Vaccination in Bombay 1924-1928 - 1924-1928
Year: 1924
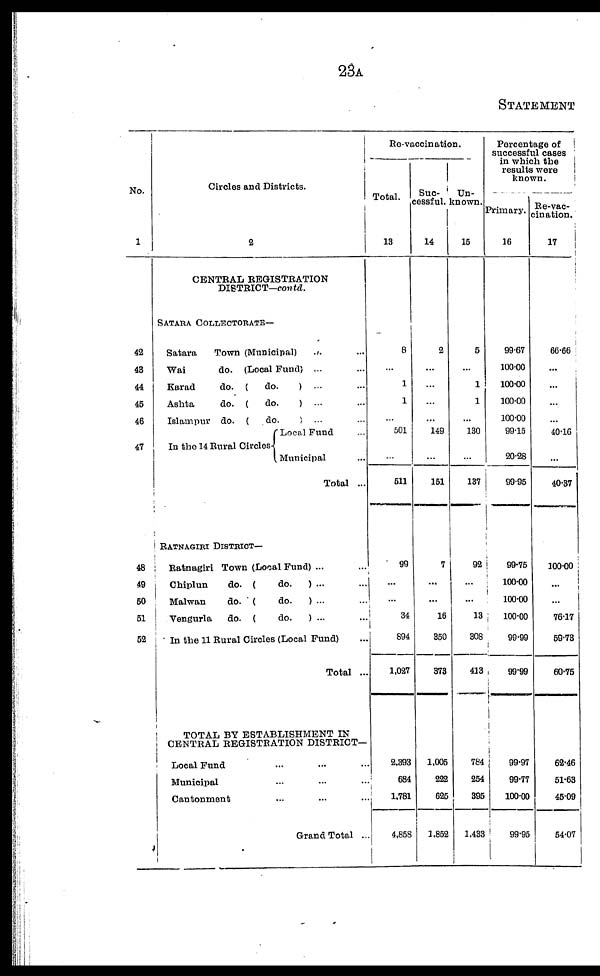
23A
STATEMENT
No.
1
42
43
44
45
46
47
48
49
50
51
52
Circles and Districts.
2
CENTRAL REGISTRATION
DISTRICT—contd.
SATARA COLLECTORATE—
Satara
Town (Municipal) ... ...
Wai
do. (Local Fund) ... ...
Karad
do. (
do.
) ... ...
Ashta
do. (
do.
) ... ...
Islampur do. (
do.
) ... ...
In the 14 Rural Circles
Local Fund ...
Municipal ...
Total ...
RATNAGIRI DISTRICT—
Ratnagiri Town (Local Fund) ... ...
Chiplun
do. (
do.
) ... ...
Malwan
do. (
do.
) ... ...
Vengurla
do. (
do.
) ... ...
In the 11 Rural Circles (Local Fund) ...
Total ...
TOTAL BY ESTABLISHMENT IN
CENTRAL REGISTRATION DISTRICT—
Local Fund ... ... ...
Municipal ... ... ...
Cantonment ... ... ...
Grand Total ...
Re-vaccination.
Total.
13
8
...
1
1
...
501
...
511
99
...
...
34
894
1,027
2,393
684
1,781
4,858
Suc-
cessful.
14
2
...
...
...
...
149
...
151
7
...
...
16
350
373
1,005
222
625
1,852
Un-
known.
15
6
...
1
1
...
130
...
137
92
...
...
13
308
413
784
254
395
1,433
Percentage of
successful cases
in which the
results were
known.
Primary.
16
99.67
100.00
100.00
100.00
100.00
99.15
20.28
99.95
99.75
100.00
100.00
100.00
99.99
99.99
99.97
99.77
100.00
99.95
Re-vac-
cination.
17
66.66
...
...
...
...
40.16
...
40.37
100.00
...
...
76.17
59.73
60.75
62.46
51.63
45.09
54.07